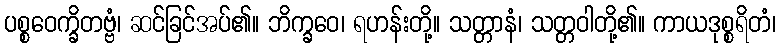
ပစ္စဝေက္ခိတဗ္ဗံ၊ ဆင်ခြင်အပ်၏။ ဘိက္ခဝေ၊ ရဟန်းတို့။ သတ္တာနံ၊ သတ္တဝါတို့၏။ ကာယဒုစ္စရိတံ၊